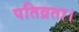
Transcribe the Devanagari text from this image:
पतिव्रता।